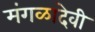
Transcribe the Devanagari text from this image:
मंगळादेवी